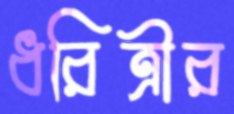
ধরিত্রীর